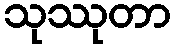
သုဿုတာ